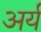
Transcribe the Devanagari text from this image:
अर्य